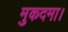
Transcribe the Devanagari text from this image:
मुकदमा।